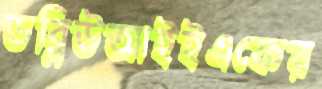
ডব্লিউআইইএফের